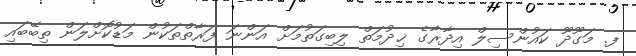
ފ. މަގޫދޫ ކައުންސިލް އިދާރާގެ ޚިދުމަތް ލިބިގަތުމަށް އަންނަ ފަރާތްތަކުން މަޑުކޮށްލަން ތިބޭބައި